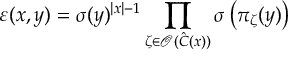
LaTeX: \varepsilon ( x , y ) = \sigma ( y ) ^ { \left| x \right| - 1 } \prod _ { \zeta \in \mathcal { O } ( \hat { C } ( x ) ) } \sigma \left( \pi _ { \zeta } ( y ) \right)